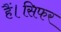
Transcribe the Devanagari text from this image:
हैं।सिफर